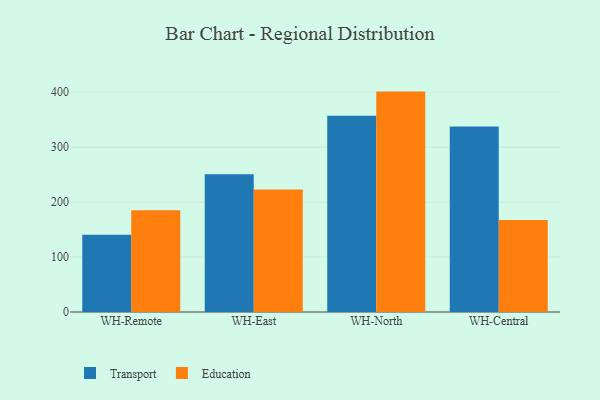
{"axis": {"x": "Warehouse", "y": "Energy Usage (MWh)"}, "legend": ["Education", "Transport"], "data": [{"x": "WH-Remote", "y": 140.8, "type": "Transport"}, {"x": "WH-Remote", "y": 185.1, "type": "Education"}, {"x": "WH-East", "y": 250.5, "type": "Transport"}, {"x": "WH-East", "y": 222.8, "type": "Education"}, {"x": "WH-North", "y": 357.2, "type": "Transport"}, {"x": "WH-North", "y": 401.1, "type": "Education"}, {"x": "WH-Central", "y": 337.5, "type": "Transport"}, {"x": "WH-Central", "y": 167.5, "type": "Education"}]}